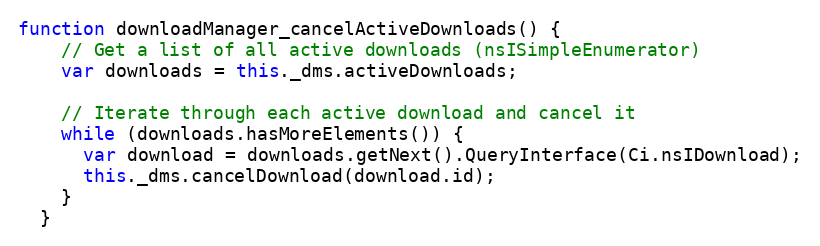
Language: JavaScript
function downloadManager_cancelActiveDownloads() {
    // Get a list of all active downloads (nsISimpleEnumerator)
    var downloads = this._dms.activeDownloads;

    // Iterate through each active download and cancel it
    while (downloads.hasMoreElements()) {
      var download = downloads.getNext().QueryInterface(Ci.nsIDownload);
      this._dms.cancelDownload(download.id);
    }
  }